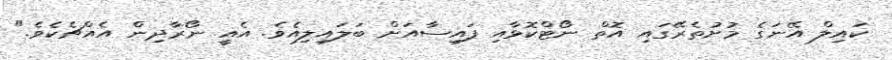
ކައިލް އޭނަގެ މުށުތެރޭގައި އޮތް ނޯޓްކޮޅާއި ފައިސާއަށް ބަލައިލިއެވެ. އެއީ ނޯރާދިން އެއްޗެކެވެ."